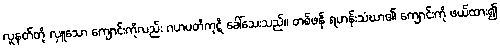
လူနတ်တို့ လှူသော ကျောင်းကိုလည်း ဂဟပတိကုဋိ ခေါ်သေးသည်။ တစ်ဖန် ရဟန်းသံဃာ၏ ကျောင်းကို ဖယ်ထား၍